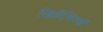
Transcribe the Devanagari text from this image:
रिझॉर्ट्‌सतर्फे